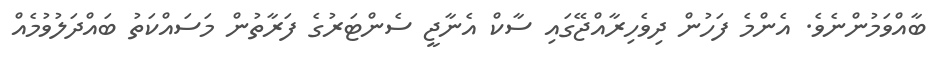
ބާއްވަމުންނެވެ. އެންމެ ފަހުން ދިވެހިރާއްޖޭގައި ސާކް އެނާޖީ ސެންޓަރުގެ ފަރާތުން މަސައްކަތު ބައްދަލުވުމެއް